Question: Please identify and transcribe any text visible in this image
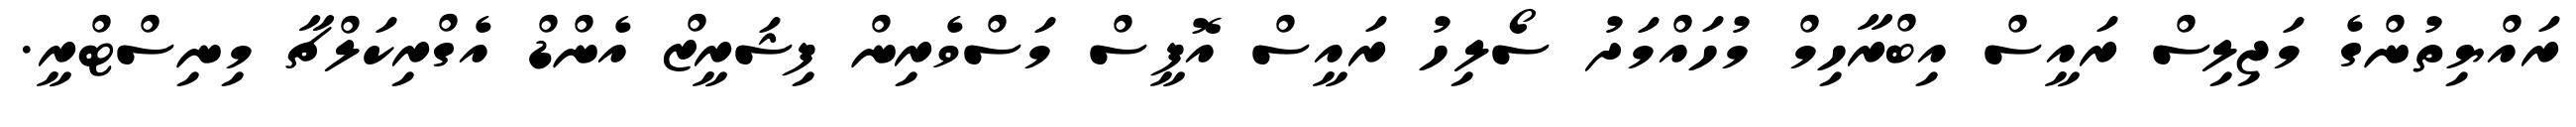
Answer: ރައްޔިތުންގެ މަޖިލިސް ރައީސް އިބްރާހިމް މުހައްމަދު ސޯލިހު ރައީސް އޮފީސް މަސްވެރިން ފިޝަރީޒް އެންޑް އެގްރިކަލްޗާ މިނިސްޓްރީ.